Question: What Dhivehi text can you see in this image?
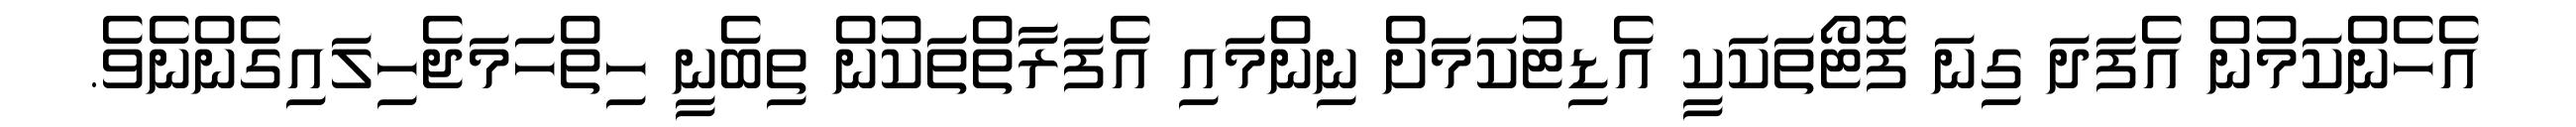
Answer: އެހެންކަމުން އެފަދަ ގިނަ ފޮޓޯތަކަކީ އެޑިޓުކަމަށް ނިންމައި އެފަރާތްތަކުން ތިބެނީ ހިތްހަމަޖެހިލައިގެންނެވެ.